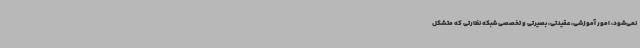
نمی‌شود، امور آموزشی، عقیدتی، بصیرتی و تخصصی شبکه نظارتی که متشکل